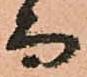
而